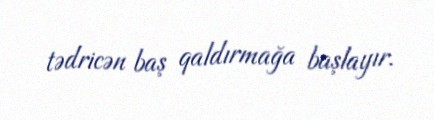
tədricən baş qaldırmağa başlayır.